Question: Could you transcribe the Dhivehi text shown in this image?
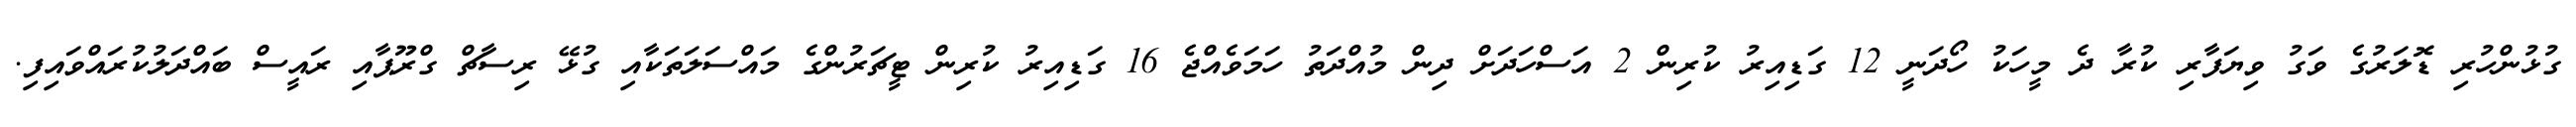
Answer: ގުޅުންހުރި ޑޮލަރުގެ ވަގު ވިޔަފާރި ކުރާ ދެ މީހަކު ހޯދަނީ 12 ގަޑިއިރު ކުރިން 2 އަސްހަދަށް ދިން މުއްދަތު ހަމަވެއްޖެ 16 ގަޑިއިރު ކުރިން ޓީޗަރުންގެ މައްސަލަތަކާއި ގުޅޭ ރިސާޗް ގްރޫޕާއި ރައީސް ބައްދަލުކުރައްވައިފި.